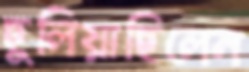
ছুলিয়াছিলেন